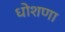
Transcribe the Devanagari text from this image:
धोशणा